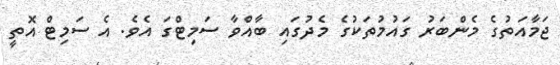
ޖަމާއަތުގެ މެންބަރު ގައުމުތަކުގެ މެދުގައި ބާއްވާ ސަމިޓްގަ އެވެ. އެ ސަމިޓް އޮތީ